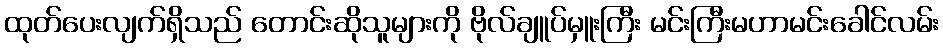
ထုတ်ပေးလျက်ရှိသည် တောင်းဆိုသူများကို ဗိုလ်ချူပ်မှူးကြီး မင်းကြီးမဟာမင်းခေါင်လမ်း